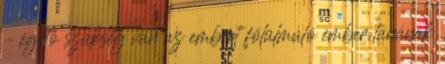
– égető szükség van az embert fölülmúló ember tanának